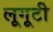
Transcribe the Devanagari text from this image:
लूगूटी